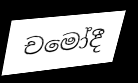
චමෝදී